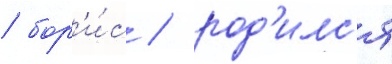
/ бор'и́с / род'илс'я